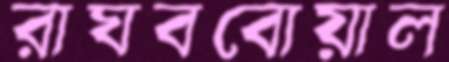
রাঘববোয়াল